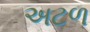
અટળ